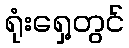
ရုံးရှေ့တွင်